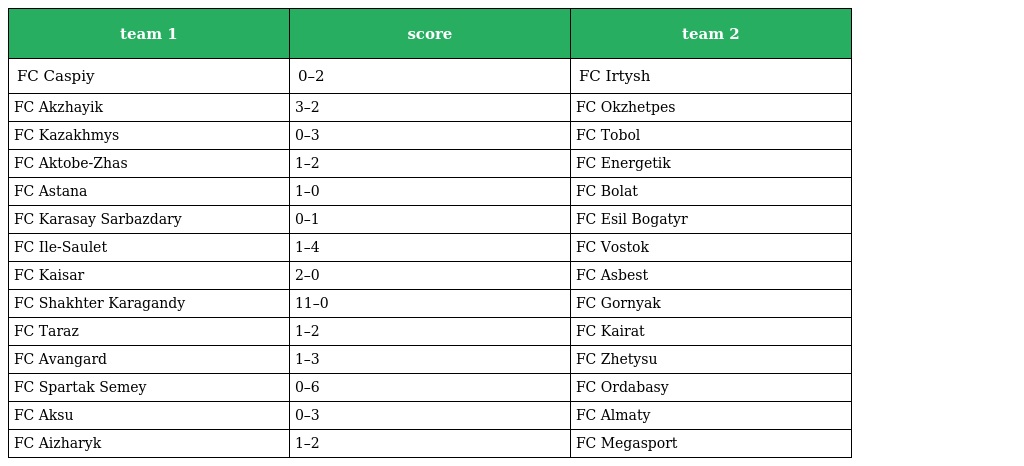
| team 1 | score | team 2 |
 | --- | --- | --- |
 | FC Caspiy | 0–2 | FC Irtysh |
 | FC Akzhayik | 3–2 | FC Okzhetpes |
 | FC Kazakhmys | 0–3 | FC Tobol |
 | FC Aktobe-Zhas | 1–2 | FC Energetik |
 | FC Astana | 1–0 | FC Bolat |
 | FC Karasay Sarbazdary | 0–1 | FC Esil Bogatyr |
 | FC Ile-Saulet | 1–4 | FC Vostok |
 | FC Kaisar | 2–0 | FC Asbest |
 | FC Shakhter Karagandy | 11–0 | FC Gornyak |
 | FC Taraz | 1–2 | FC Kairat |
 | FC Avangard | 1–3 | FC Zhetysu |
 | FC Spartak Semey | 0–6 | FC Ordabasy |
 | FC Aksu | 0–3 | FC Almaty |
 | FC Aizharyk | 1–2 | FC Megasport |